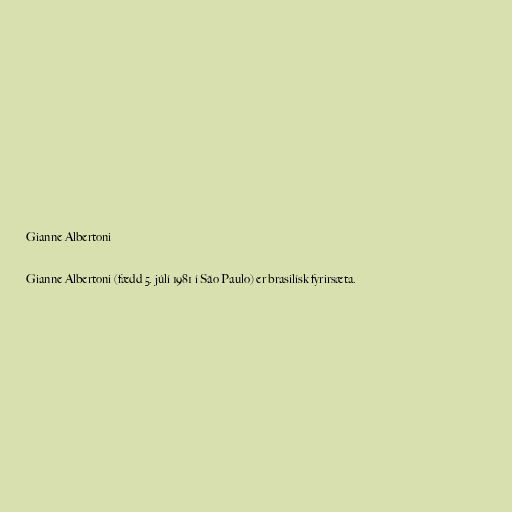
Gianne Albertoni

Gianne Albertoni (fædd 5. júlí 1981 í São Paulo) er brasilísk fyrirsæta.